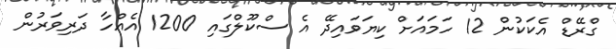
ގްރޭޑް އެކަކުން 12 ހަމައަށް ކިޔަވައިދޭ އެ ސްކޫލްގައި 1200 އެއްހާ ދަރިވަރުން